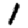
Digit: 1